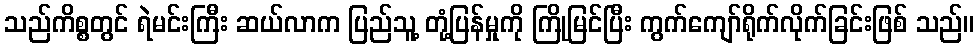
သည်ကိစ္စတွင် ရဲမင်းကြီး ဆယ်လာက ပြည်သူ့ တုံ့ပြန်မှုကို ကြိုမြင်ပြီး ကွက်ကျော်ရိုက်လိုက်ခြင်းဖြစ် သည်။